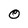
Character: O